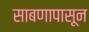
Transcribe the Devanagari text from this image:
साबणापासून